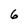
Character: 6